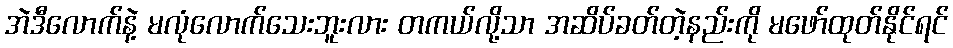
အဲဒီလောက်နဲ့ မလုံလောက်သေးဘူးလား တကယ်လို့သာ အဆိပ်ခတ်တဲ့နည်းကို မဖော်ထုတ်နိုင်ရင်